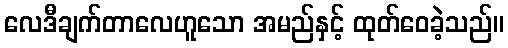
လေဒီချက်တာလေဟူသော အမည်နှင့် ထုတ်ဝေခဲ့သည်။